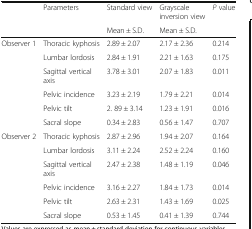
<table><thead><tr><td rowspan="2"></td><td rowspan="2"><b>Parameters</b></td><td><b>Standard view</b></td><td><b>Grayscale inversion view</b></td><td><b><i>P</i> value</b></td></tr><tr><td><b>Mean ± S.D.</b></td><td><b>Mean ± S.D.</b></td><td></td></tr></thead><tbody><tr><td rowspan="6">Observer 1</td><td>Thoracic kyphosis</td><td>2.89 ± 2.07</td><td>2.17 ± 2.36</td><td>0.214</td></tr><tr><td>Lumbar lordosis</td><td>2.84 ± 1.91</td><td>2.21 ± 1.63</td><td>0.175</td></tr><tr><td>Sagittal vertical axis</td><td>3.78 ± 3.01</td><td>2.07 ± 1.83</td><td>0.011</td></tr><tr><td>Pelvic incidence</td><td>3.23 ± 2.19</td><td>1.79 ± 2.21</td><td>0.014</td></tr><tr><td>Pelvic tilt</td><td>2. 89 ± 3.14</td><td>1.23 ± 1.91</td><td>0.016</td></tr><tr><td>Sacral slope</td><td>0.34 ± 2.83</td><td>0.56 ± 1.47</td><td>0.707</td></tr><tr><td rowspan="6">Observer 2</td><td>Thoracic kyphosis</td><td>2.87 ± 2.96</td><td>1.94 ± 2.07</td><td>0.164</td></tr><tr><td>Lumbar lordosis</td><td>3.11 ± 2.24</td><td>2.52 ± 2.24</td><td>0.160</td></tr><tr><td>Sagittal vertical axis</td><td>2.47 ± 2.38</td><td>1.48 ± 1.19</td><td>0.046</td></tr><tr><td>Pelvic incidence</td><td>3.16 ± 2.27</td><td>1.84 ± 1.73</td><td>0.014</td></tr><tr><td>Pelvic tilt</td><td>2.63 ± 2.31</td><td>1.43 ± 1.69</td><td>0.025</td></tr><tr><td>Sacral slope</td><td>0.53 ± 1.45</td><td>0.41 ± 1.39</td><td>0.744</td></tr></tbody></table>